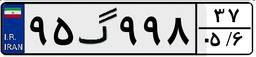
۹۵گ۹۹۸۳۷